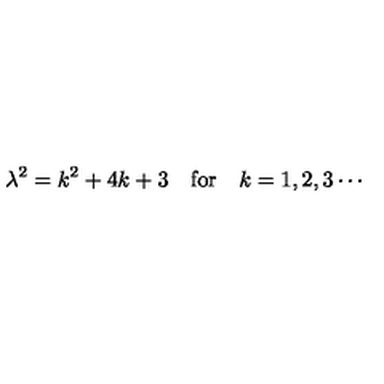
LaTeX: \lambda ^ { 2 } = k ^ { 2 } + 4 k + 3 \quad \mathrm { f o r } \quad k = 1 , 2 , 3 \cdots